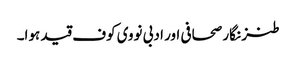
طنز نگار صحافی اور ادبی نووی کوف قید ہوا۔